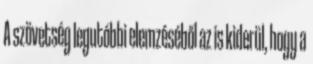
A szövetség legutóbbi elemzéséből az is kiderül, hogy a